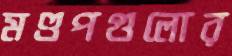
মণ্ডপগুলোর